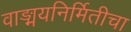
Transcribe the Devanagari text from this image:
वाङ्मयनिर्मितीचा